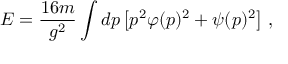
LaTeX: E = \frac { 1 6 m } { g ^ { 2 } } \int d p \left[ p ^ { 2 } \varphi ( p ) ^ { 2 } + \psi ( p ) ^ { 2 } \right] \, ,